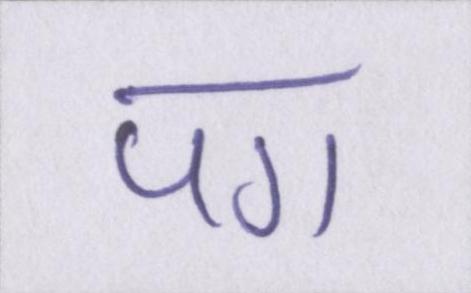
पग